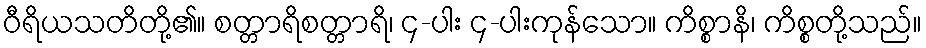
ဝီရိယသတိတို့၏။ စတ္တာရိစတ္တာရိ၊ ၄-ပါး ၄-ပါးကုန်သော။ ကိစ္စာနိ၊ ကိစ္စတို့သည်။